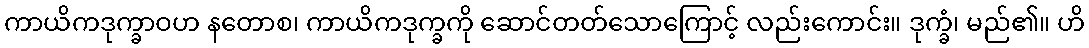
ကာယိကဒုက္ခာဝဟ နတောစ၊ ကာယိကဒုက္ခကို ဆောင်တတ်သောကြောင့် လည်းကောင်း။ ဒုက္ခံ၊ မည်၏။ ဟိ